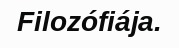
Filozófiája.